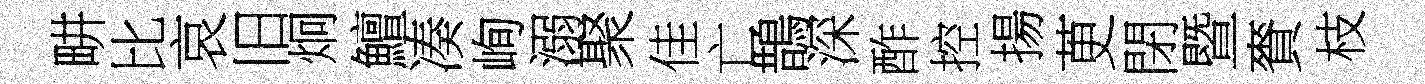
畊比哀旧炯鱣凑峋溺聚佳亡鵲深酢控揚茰閉暨賚枝